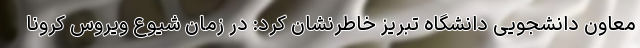
معاون دانشجویی دانشگاه تبریز خاطرنشان کرد: در زمان شیوع ویروس کرونا